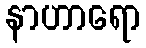
နာဟာရော